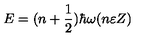
E = ( n + \frac { 1 } { 2 } ) \hbar \omega ( n \varepsilon Z )